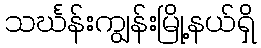
သင်္ဃန်းကျွန်းမြို့နယ်ရှိ